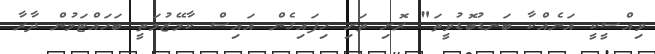
ވިއްސީކީ އަނެއްކާ ބަނޑުބޮޑުވީތަ" ރޮށި ތަށި ހިފައިގެން އައިސް ކާމޭޒުމަތީ ބަހައްޓަމުން ދާރާ